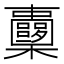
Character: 𣡏